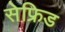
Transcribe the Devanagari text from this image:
सेफ्रिड